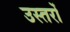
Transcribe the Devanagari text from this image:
उस्तरों